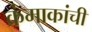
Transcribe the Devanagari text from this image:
क्रंमाकांची